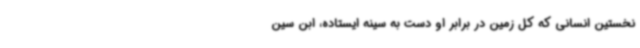
نخستین انسانی که کل زمین در برابر او دست به سینه ایستاده، ابن سین